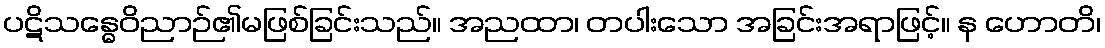
ပဋိသန္ဓေဝိညာဉ်၏မဖြစ်ခြင်းသည်။ အညထာ၊ တပါးသော အခြင်းအရာဖြင့်။ န ဟောတိ၊